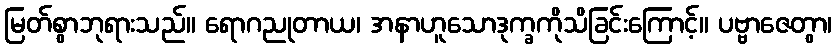
မြတ်စွာဘုရားသည်။ ရောဂညုတာယ၊ အနာဟူသောဒုက္ခကိုသိခြင်းကြောင့်။ ပဗ္ဗာဇေတွာ၊